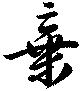
棄